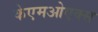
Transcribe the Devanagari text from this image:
केएमओएक्स